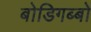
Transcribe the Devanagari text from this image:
बोडिगब्बो